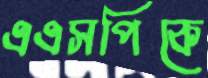
এএসপিকে